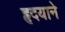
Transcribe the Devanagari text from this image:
हृदयाने